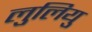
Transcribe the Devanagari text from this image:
लुलियु